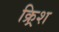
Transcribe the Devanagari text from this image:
क्र्रिश